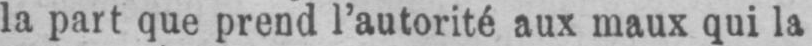
la part que prend l’autorité aux maux qui la